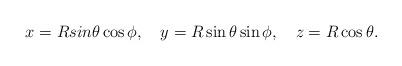
LaTeX: \begin{align*}x = R sin\theta\cos\phi , \quad y = R \sin\theta\sin\phi ,\quad z = R \cos\theta .\end{align*}